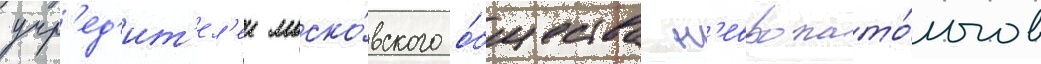
учр'ед'ит'ел'еи моско́вского о́бщества н'европато́логов